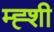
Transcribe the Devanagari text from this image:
म्ह्शी